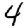
Digit: 4